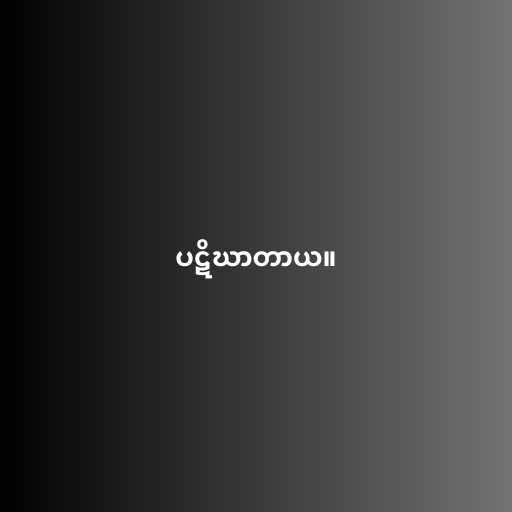
ပဋိဃာတာယ။